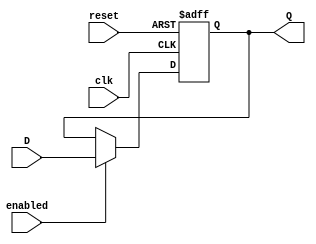
//FF de 8 bits
module FF_D_8 (input clk, reset, enabled, input [7:0] D, output reg [7:0] Q);

    always @ (posedge clk, posedge reset)
        if (reset)
            Q <= 8'b0000;
        else if (enabled)
            Q <= D;

endmodule